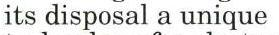
its disposal a unique